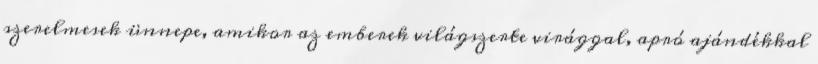
szerelmesek ünnepe, amikor az emberek világszerte virággal, apró ajándékkal